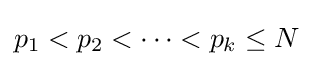
p_{1}<p_{2}<\dotsb <p_{k}\leq N